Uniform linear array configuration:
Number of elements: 48
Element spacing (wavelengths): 0.25
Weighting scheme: kaiser
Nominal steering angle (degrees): -45
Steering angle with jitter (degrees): -44.263
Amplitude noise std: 0.05
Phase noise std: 0.05

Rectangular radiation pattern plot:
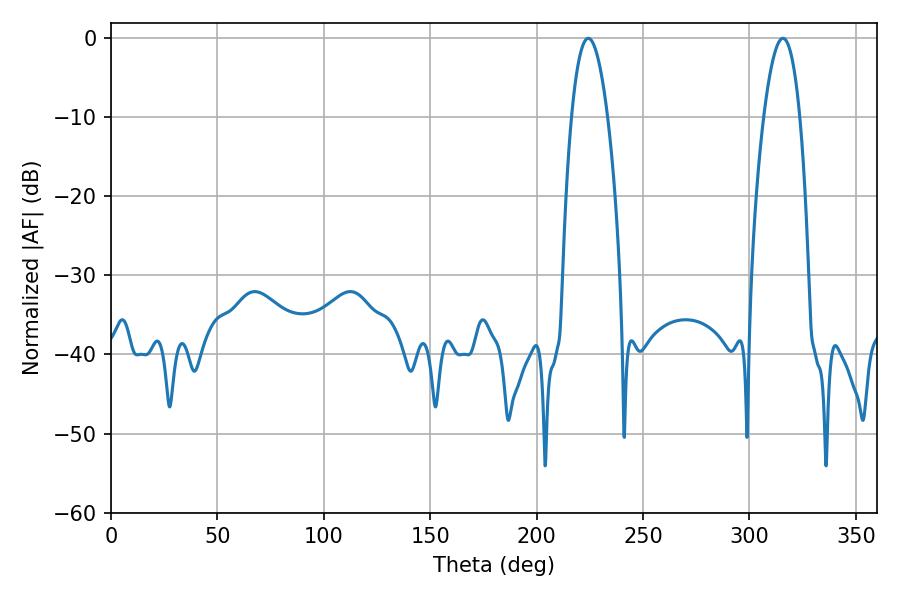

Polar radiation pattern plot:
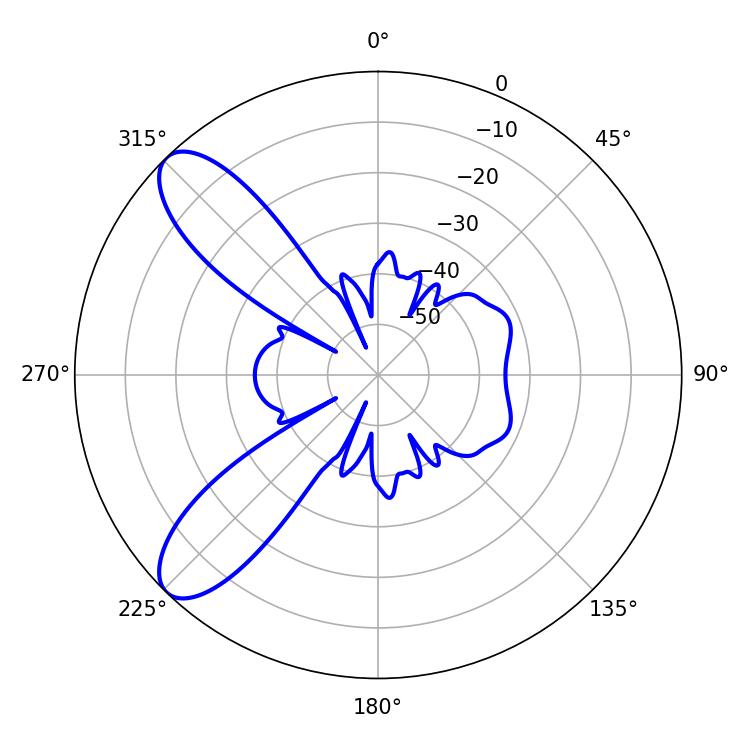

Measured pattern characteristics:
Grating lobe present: FALSE
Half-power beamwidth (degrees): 9.36
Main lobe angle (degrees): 224.28